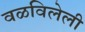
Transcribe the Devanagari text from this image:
वळविलेली